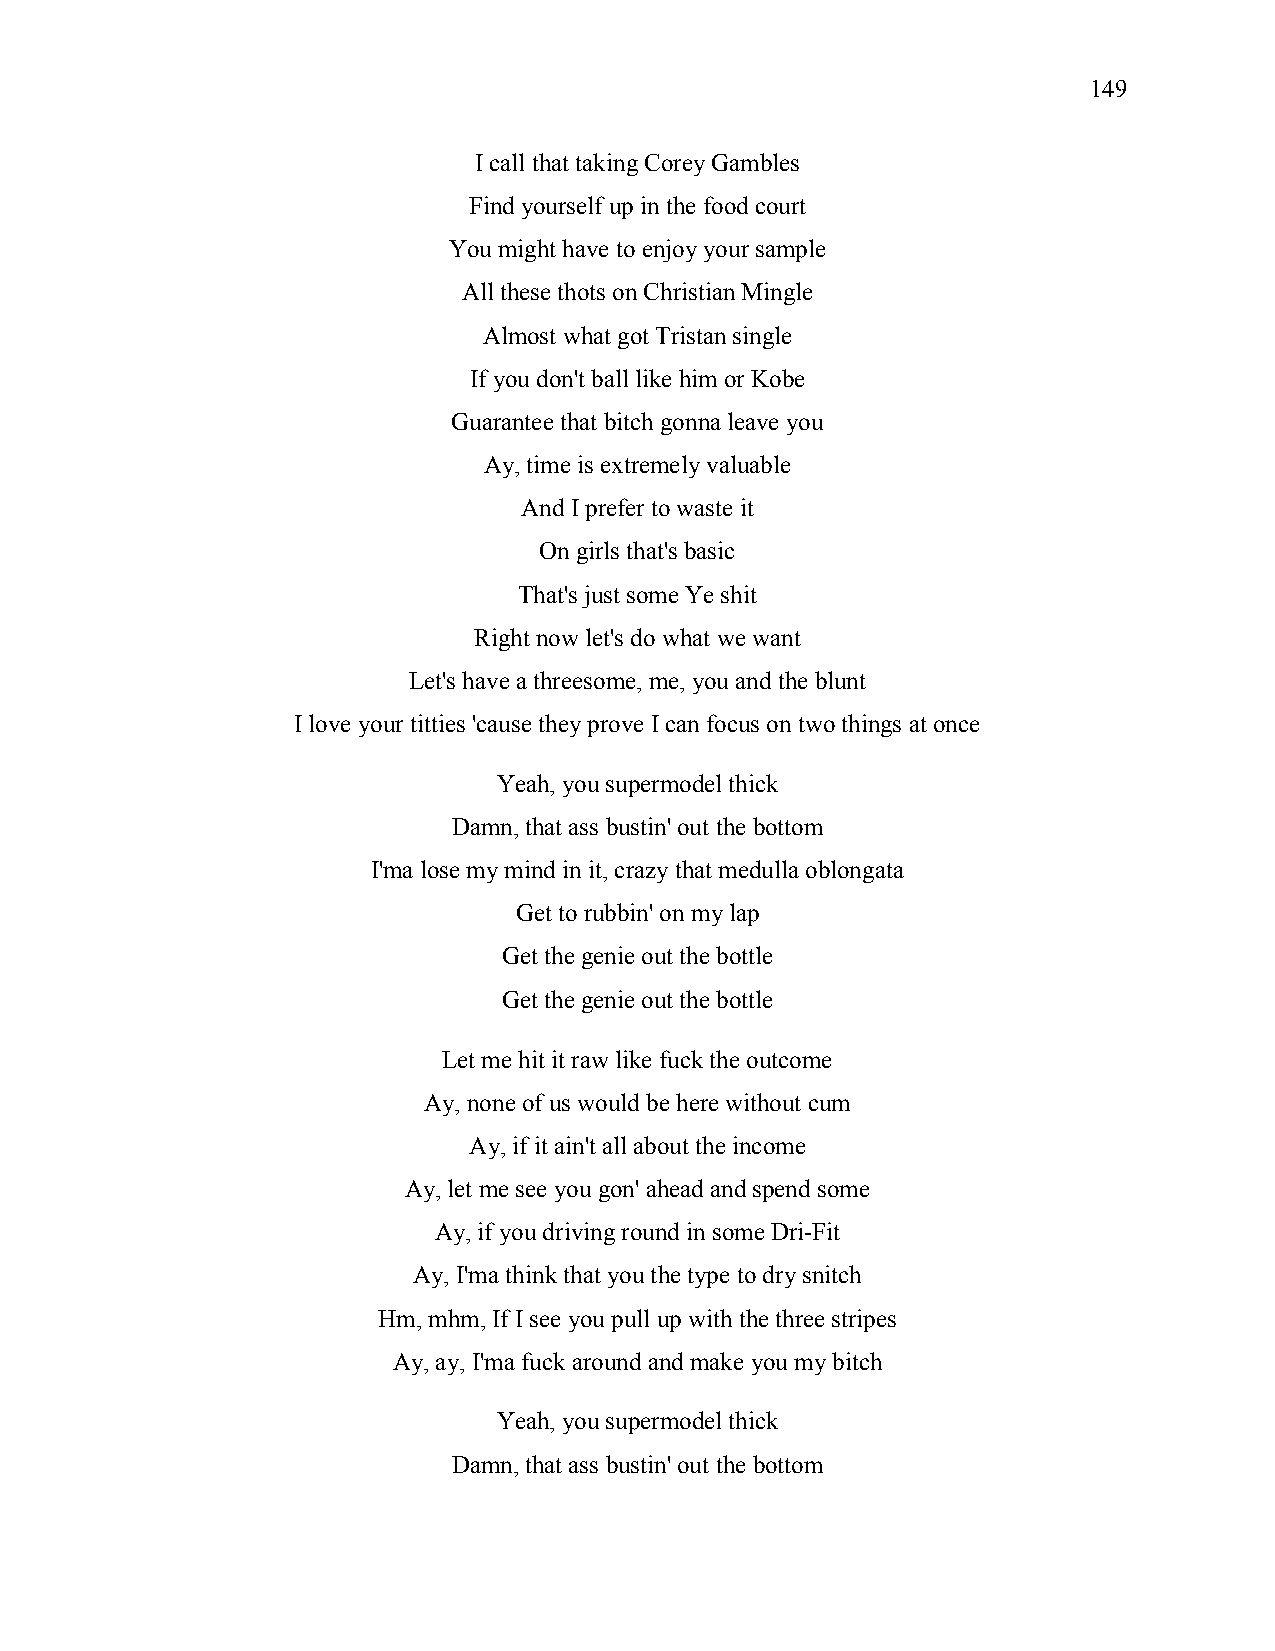
149
 I call that taking Corey Gambles
 Find yourself up in the food court
 You might have to enjoy your sample
 All these thots on Christian Mingle
 Almost what got Tristan single
 If you don't ball like him or Kobe
 Guarantee that bitch gonna leave you
 Ay, time is extremely valuable
 And I prefer to waste it
 On girls that's basic
 That's just some Ye shit
 Right now let's do what we want
 Let's have a threesome, me, you and the blunt
 I love your titties 'cause they prove I can focus on two things at once
 Yeah, you supermodel thick
 Damn, that ass bustin' out the bottom
 I'ma lose my mind in it, crazy that medulla oblongata
 Get to rubbin' on my lap
 Get the genie out the bottle
 Get the genie out the bottle
 Let me hit it raw like fuck the outcome
 Ay, none of us would be here without cum
 Ay, if it ain't all about the income
 Ay, let me see you gon' ahead and spend some
 Ay, if you driving round in some Dri-Fit
 Ay, I'ma think that you the type to dry snitch
 Hm, mhm, If I see you pull up with the three stripes
 Ay, ay, I'ma fuck around and make you my bitch
 Yeah, you supermodel thick
 Damn, that ass bustin' out the bottom